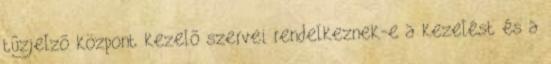
tûzjelzõ központ kezelõ szervei rendelkeznek-e a kezelést és a